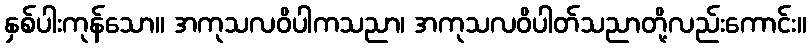
နှစ်ပါးကုန်သော။ အကုသလဝိပါကသညာ၊ အကုသလဝိပါတ်သညာတို့လည်းကောင်း။